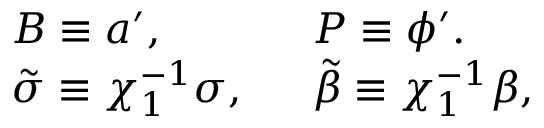
\left. \begin{array} { l l } { { B \equiv a ^ { \prime } , \ \ } } & { { P \equiv \phi ^ { \prime } . } } \\ { { \tilde { \sigma } \equiv \chi _ { 1 } ^ { - 1 } \sigma , \ \ } } & { { \tilde { \beta } \equiv \chi _ { 1 } ^ { - 1 } \beta , } } \end{array} \right.